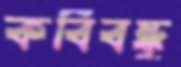
কবিবন্ধু